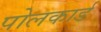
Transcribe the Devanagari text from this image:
पोलकार्ड